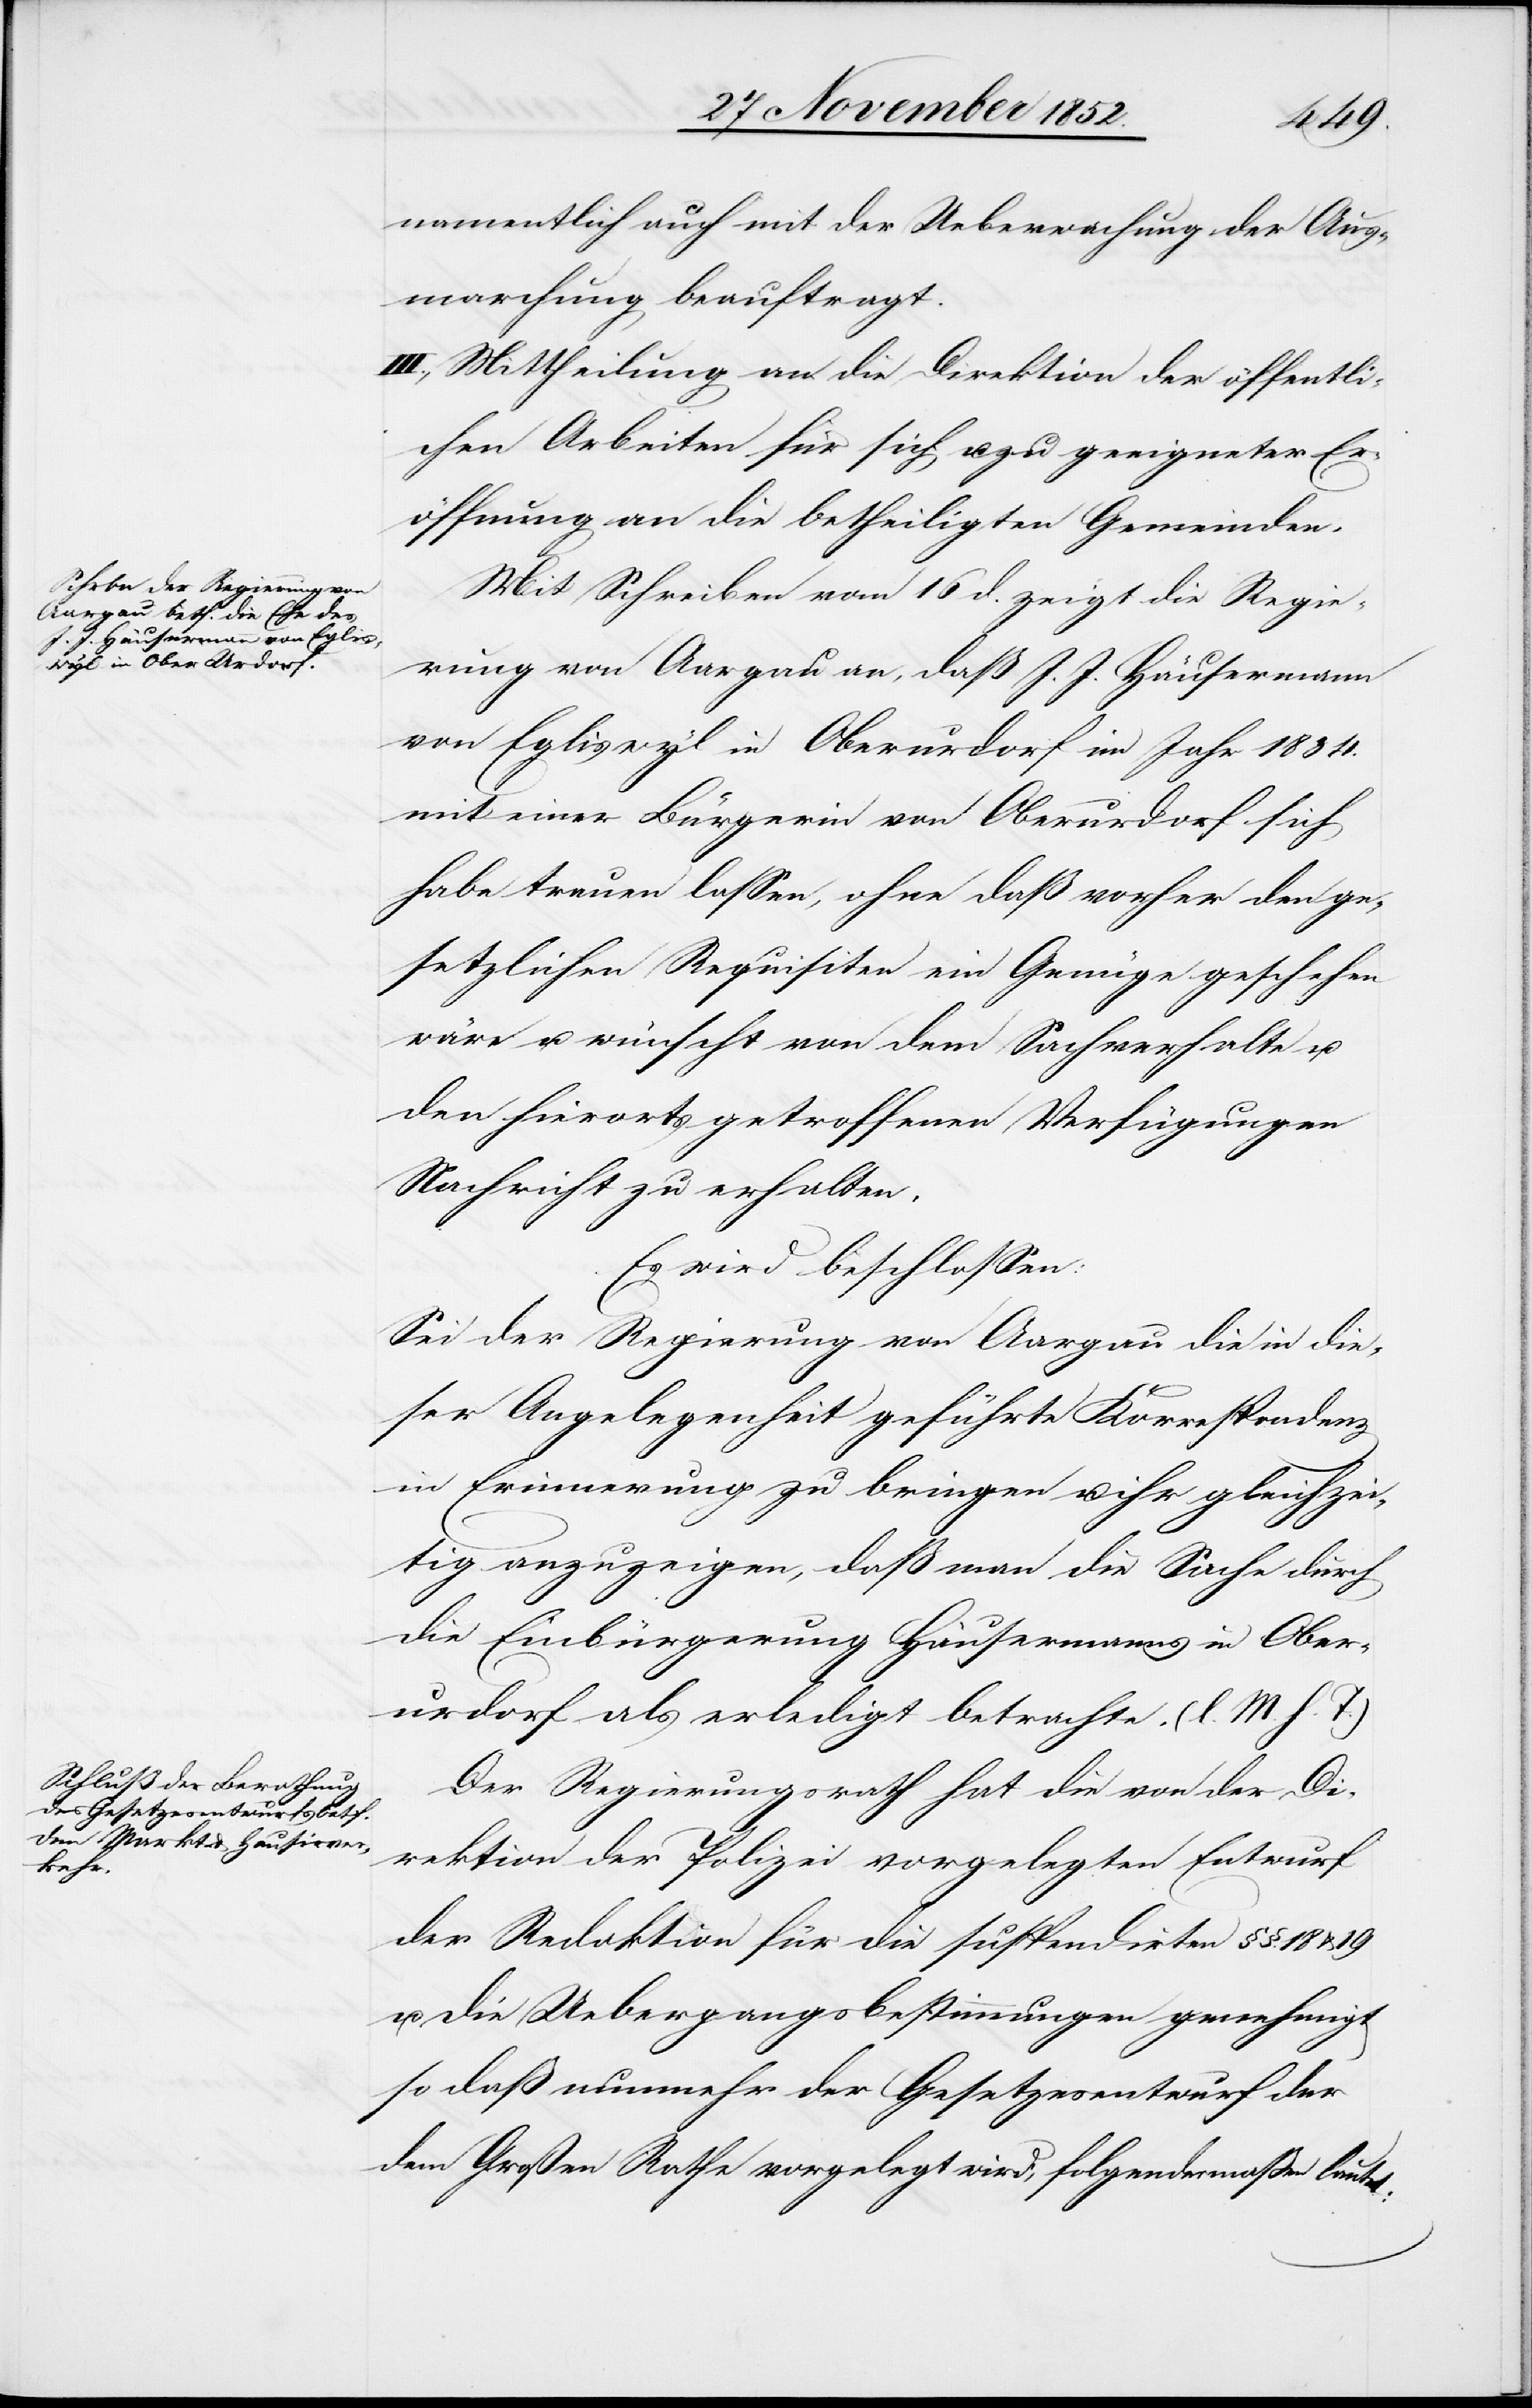
namentlich auch mit der Ueberwachung der Aus¬
marchung beauftragt.
III., Mittheilung an die Direktion der öffentli¬
chen Arbeiten für sich u. zu geeigneter Er¬
öffnung an die betheiligten Gemeinden.
Mit Schreiben vom 16 d. zeigt die Regie¬
rung von Aargau an, daß J. J. Häusermann
von Egliswyl in Oberurdorf im Jahr 1834.
mit einer Bürgerin von Oberurdorf sich
habe trauen lassen, ohne daß vorher den ge¬
setzlichen Requisiten ein Genüge geschehen
wäre u. wünscht von dem Sachverhalte u.
den hierorts getroffenen Verfügungen
Nachricht zu erhalten.
Es wird beschlossen:
Sei der Regierung von Aargau die in die¬
ser Angelegenheit geführte Korrespondenz
in Erinnerung zu bringen u. ihr gleichzei¬
tig anzuzeigen, daß man die Sache durch
die Einbürgerung Häusermanns in Ober¬
urdorf als erledigt betrachte. (l. M. h. T.)
Der Regierungsrath hat die von der Di¬
rektion der Polizei vorgelegten Entwurf
der Redaktion für die suspendirten §§. 18 &
u. die Uebergangsbestimmungen genehmigt
so daß nunmehr der Gesetzesentwurf der
dem Großen Rathe vorgelegt wird, folgendermaßen lautet: